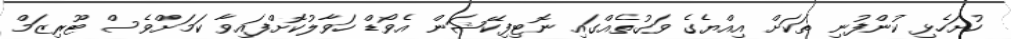
ހުށަހެޅި ކުންފުނި ތަކަށް އިއްޔެގެ ވަގުތެއްގައި ނޮޓިފިކޭޝަން އެވޯޑް ހަވާލުކޮށްފައިވާ ކަމަށްވެސް ޓޫރިޒަމް